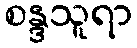
စန္ဒသူရာ